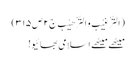
(اَلتَّرْغِیْب وَالتَّرْھِیْب ج۲ص۳۱۵)
میٹھے میٹھے اِسلامی بھائیو!